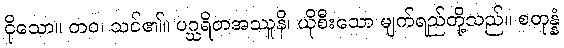
ငိုသော။ တဝ၊ သင်၏။ ပဂ္ဃရိတအဿူနိ၊ ယိုစီးသော မျက်ရည်တို့သည်။ စတုန္နံ